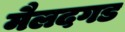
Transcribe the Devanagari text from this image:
मैलदगड